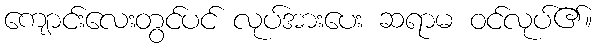
ကျောင်းလေးတွင်ပင် လုပ်အားပေး ဆရာမ ဝင်လုပ်၏။